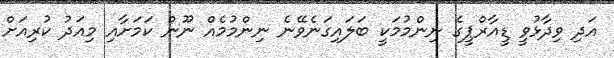
އަދި ވިދާޅުވީ ޑީއާރްޕީގެ ނިންމުމަކީ ބަލައިގަނެވޭނެ ނިންމުމެއް ނޫން ކަމަށާއި މިއަދު ކުރިއަށް